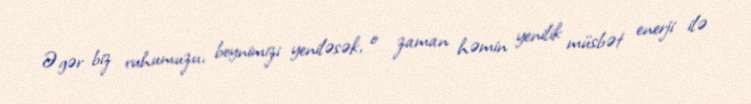
Əgər biz ruhumuzu, beynimizi yeniləsək, o zaman həmin yenilik müsbət enerji ilə